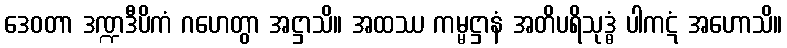
ဒေဝတာ ဒဏ္ဍဒီပိကံ ဂဟေတွာ အဋ္ဌာသိ။ အထဿ ကမ္မဋ္ဌာနံ အတိပရိသုဒ္ဓံ ပါကဋံ အဟောသိ။